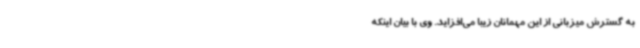
به گسترش میزبانی از این مهمانان زیبا می‌افزاید. وی با بیان اینکه